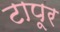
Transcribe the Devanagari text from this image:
टापूर